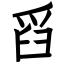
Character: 舀